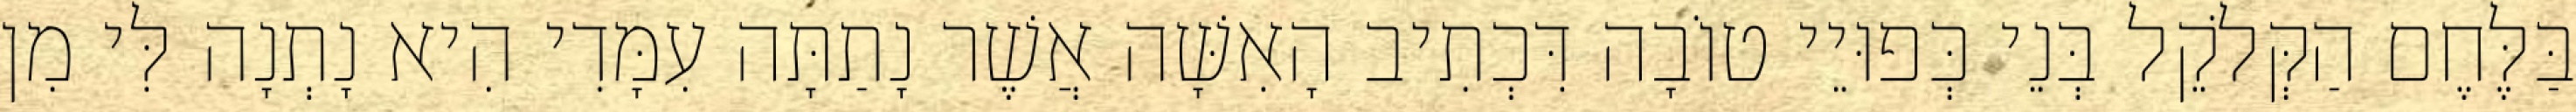
בַּלֶּחֶם הַקְּלֹקֵל בְּנֵי כְּפוּיֵי טוֹבָה דִּכְתִיב הָאִשָּׁה אֲשֶׁר נָתַתָּה עִמָּדִי הִיא נָתְנָה לִּי מִן